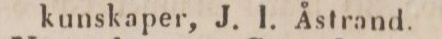
kunskaper, J. I. Åstrand.